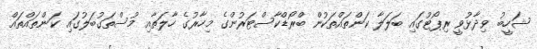
ޝަހީބު ވިދާޅުވީ ރިޕޯޓުގައި ބަލަލާ ކަންތައްތަކުން ބްރޯޑްކާސްޓަރުންގެ މިހާރުގެ ހާލަތާއި މުސްތަގުބަލުގައި ކަންތައްތައް